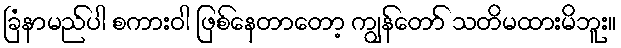
ခြံနာမည်ပါ စကားဝါ ဖြစ်နေတာတော့ ကျွန်တော် သတိမထားမိဘူး။